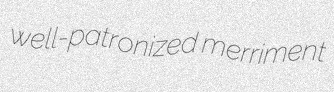
well-patronized merriment